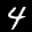
Label: 4